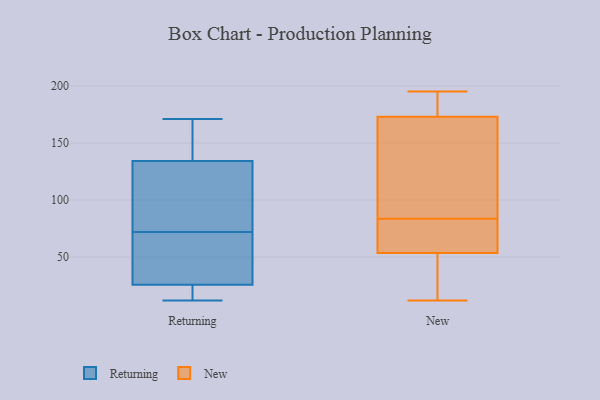
{"axis": {"x": "Humidity (%)", "y": "Value"}, "legend": ["New", "Returning"], "data": [{"x": "", "y": 12, "type": "Returning"}, {"x": "", "y": 25, "type": "Returning"}, {"x": "", "y": 128, "type": "Returning"}, {"x": "", "y": 100, "type": "Returning"}, {"x": "", "y": 57, "type": "Returning"}, {"x": "", "y": 17, "type": "Returning"}, {"x": "", "y": 72, "type": "Returning"}, {"x": "", "y": 32, "type": "Returning"}, {"x": "", "y": 102, "type": "Returning"}, {"x": "", "y": 167, "type": "Returning"}, {"x": "", "y": 153, "type": "Returning"}, {"x": "", "y": 26, "type": "Returning"}, {"x": "", "y": 171, "type": "Returning"}, {"x": "", "y": 195, "type": "New"}, {"x": "", "y": 153, "type": "New"}, {"x": "", "y": 38, "type": "New"}, {"x": "", "y": 37, "type": "New"}, {"x": "", "y": 62, "type": "New"}, {"x": "", "y": 68, "type": "New"}, {"x": "", "y": 84, "type": "New"}, {"x": "", "y": 45, "type": "New"}, {"x": "", "y": 71, "type": "New"}, {"x": "", "y": 169, "type": "New"}, {"x": "", "y": 184, "type": "New"}, {"x": "", "y": 12, "type": "New"}, {"x": "", "y": 83, "type": "New"}, {"x": "", "y": 167, "type": "New"}, {"x": "", "y": 186, "type": "New"}, {"x": "", "y": 177, "type": "New"}]}